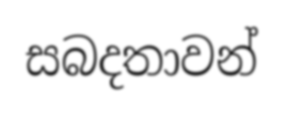
සබදතාවන්